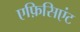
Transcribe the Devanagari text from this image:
एफ़िसिएंट